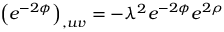
\left( e ^ { - 2 \phi } \right) _ { , u v } = - \lambda ^ { 2 } e ^ { - 2 \phi } e ^ { 2 \rho }